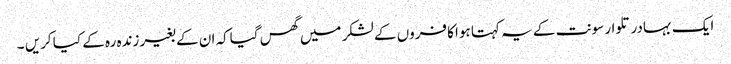
ایک بہادر تلوار سونت کے یہ کہتا ہوا کافروں کے لشکر میں گھس گیاکہ ان کے بغیر زندہ رہ کے کیا کریں ۔